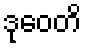
ဒုဝေတိ